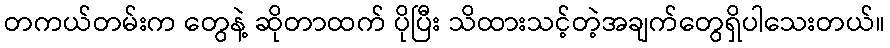
တကယ်တမ်းက တွေနဲ့ ဆိုတာထက် ပိုပြီး သိထားသင့်တဲ့အချက်တွေရှိပါသေးတယ်။